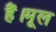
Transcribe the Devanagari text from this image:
हैं।मूल